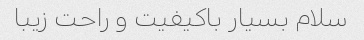
سلام بسیار باکیفیت و راحت زیبا